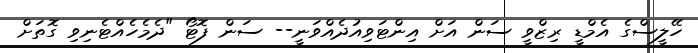
ހޭލީސްގެ އެމްޑީ ރިޒްވީ ސަން އަށް އިންޓަވިއުދެއްވަނީ-- ސަން ފޮޓޯ "ދެމެހެއްޓެނިވި ގޮތަށް